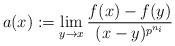
LaTeX: \begin{align*}a(x):=\lim_{y\to x} \frac{f(x)-f(y)}{(x-y)^{p^{n_i}}}\end{align*}